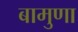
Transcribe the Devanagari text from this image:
बामुणा